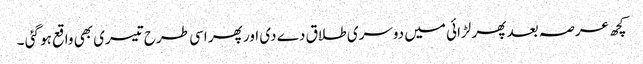
کچھ عرصہ بعد پھر لڑائی میں دوسری طلاق دے دی اور پھر اسی طرح تیسری بھی واقع ہو گئی ۔